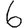
Digit: 6